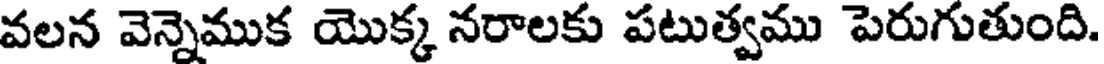
వలన వెన్నెముక యొక్క నరాలకు పటుత్వము పెరుగుతుంది.